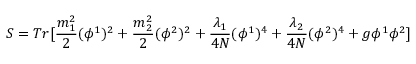
S = T r [ \frac { m _ { 1 } ^ { 2 } } { 2 } ( \phi ^ { 1 } ) ^ { 2 } + \frac { m _ { 2 } ^ { 2 } } { 2 } ( \phi ^ { 2 } ) ^ { 2 } + \frac { \lambda _ { 1 } } { 4 N } ( \phi ^ { 1 } ) ^ { 4 } + \frac { \lambda _ { 2 } } { 4 N } ( \phi ^ { 2 } ) ^ { 4 } + g \phi ^ { 1 } \phi ^ { 2 } ]